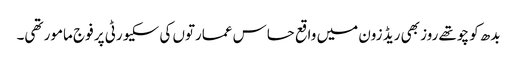
بدھ کو چوتھے روز بھی ریڈ زون میں واقع حساس عمارتوں کی سکیورٹی پر فوج مامور تھی۔